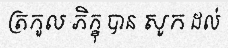
ត្រកូល ភិក្ខុ បាន សូក ដល់